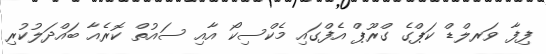
ފިފާ ވަރލްޑް ކަޕްގެ ގްރޫޕް އެފްގައި މެކްސިކޯ އާއި ސައުތް ކޮރެއާ ބައްދަލުކުރި